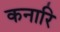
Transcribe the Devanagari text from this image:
कनारि